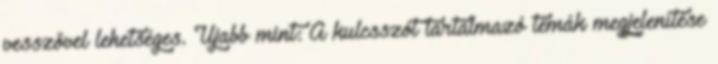
vesszővel lehetséges. Újabb mint: A kulcsszót tartalmazó témák megjelenítése